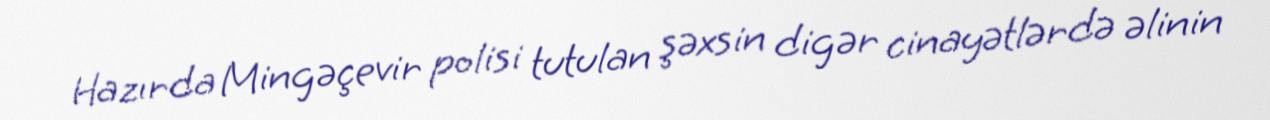
Hazırda Mingəçevir polisi tutulan şəxsin digər cinayətlərdə əlinin